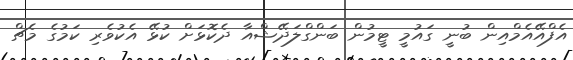
އެފްއޭއެމްއިން ބުނީ ގައުމީ ޓީމުން ބަންގްލަދޭޝްއާ ދެކޮޅަށް ކުޅޭ އެކުވެރި ކަމުގެ މެޗް